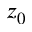
z _ { 0 }